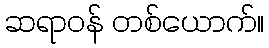
ဆရာဝန် တစ်ယောက်။